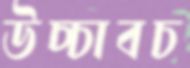
উচ্চাবচ